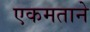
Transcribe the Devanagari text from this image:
एकमताने